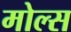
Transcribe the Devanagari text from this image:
मोल्स